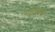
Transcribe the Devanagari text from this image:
भवप्रपंच